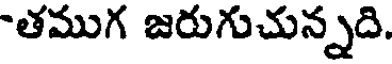
-తముగ జరుగుచున్నది.